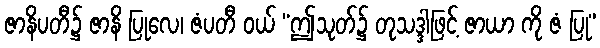
ဇာနိပတီ၌ ဇာနိ ပြုလေ၊ ဇံပတီ ဝယ် “ဤသုတ်၌ တုသဒ္ဒါဖြင့် ဇာယာ ကို ဇံ ပြု”